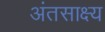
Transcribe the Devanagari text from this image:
अंतसाक्ष्य